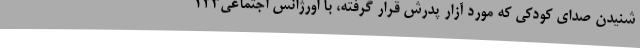
شنیدن صدای کودکی که مورد آزار پدرش قرار گرفته، با اورژانس اجتماعی۱۲۳